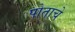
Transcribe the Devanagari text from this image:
पोताचे